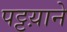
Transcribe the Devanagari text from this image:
पट्टय़ाने